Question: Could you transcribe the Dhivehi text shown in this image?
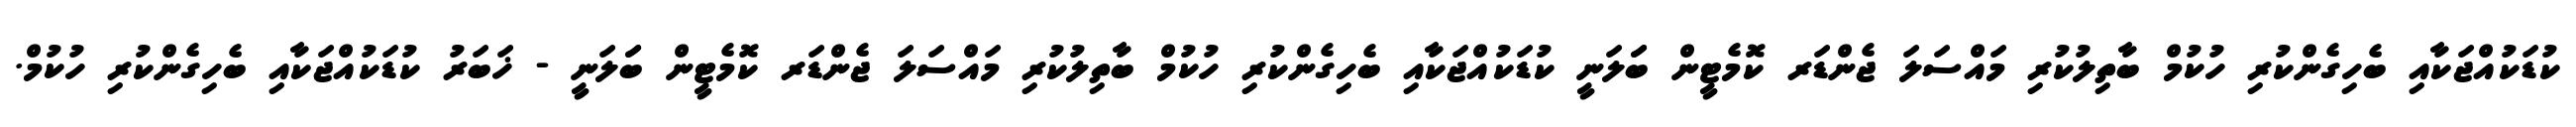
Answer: ކުޑަކުއްޖަކާއި ބެހިގެންކުރި ހުކުމް ބާތިލުކުރި މައްސަލަ ޖެންޑަރ ކޮމެޓީން ބަަލަނީ ކުޑަކުއްޖަކާއި ބެހިގެންކުރި ހުކުމް ބާތިލުކުރި މައްސަލަ ޖެންޑަރ ކޮމެޓީން ބަަލަނީ - ޚަބަރު ކުޑަކުއްޖަކާއި ބެހިގެންކުރި ހުކުމް.